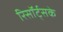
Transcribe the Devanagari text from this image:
रिसॉर्ट्सके